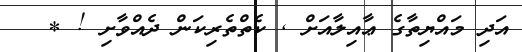
އަދި މައްޔިތާގެ ޢާއިލާއަށް